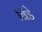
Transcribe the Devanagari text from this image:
विंडे